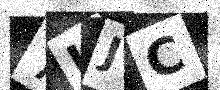
Text: 7IJC